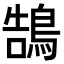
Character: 鵠